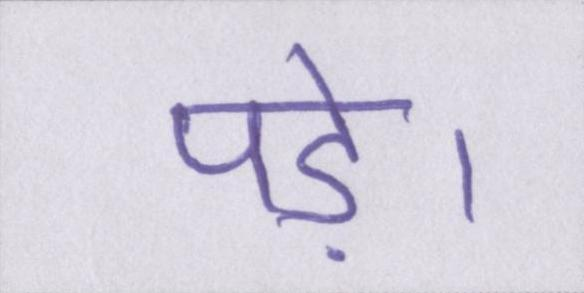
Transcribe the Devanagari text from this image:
पड़े।